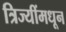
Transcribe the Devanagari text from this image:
त्रिज्यींमधून